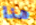
هنا